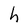
Character: h